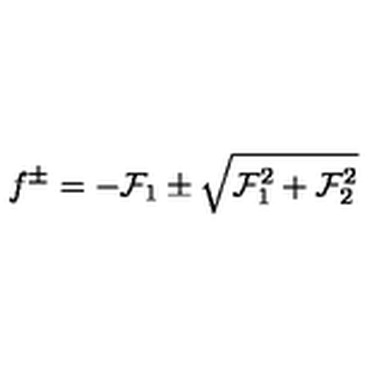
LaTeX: f ^ { \pm } = - { \cal F } _ { 1 } \pm \sqrt { { \cal F } _ { 1 } ^ { 2 } + { \cal F } _ { 2 } ^ { 2 } }